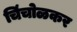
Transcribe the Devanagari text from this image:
चिंचोळकर